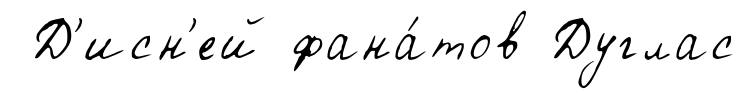
Д'исн'ей фана́тов Дуглас